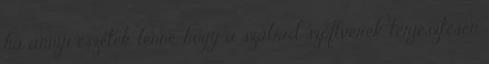
ha annyi eszetek lenne, hogy a szabad szoftverek terjesztesen